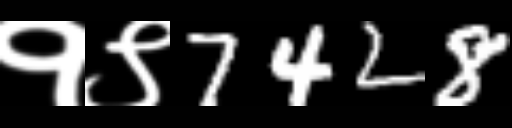
Text: १९7428